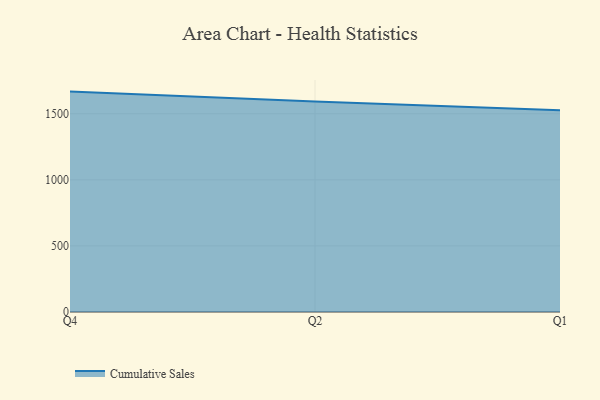
{"axis": {"x": "Quarter", "y": "Churn Rate (%)"}, "legend": ["Cumulative Sales"], "data": [{"x": "Q4", "y": 1667.7, "type": "Cumulative Sales"}, {"x": "Q2", "y": 1593.6, "type": "Cumulative Sales"}, {"x": "Q1", "y": 1527.1, "type": "Cumulative Sales"}]}